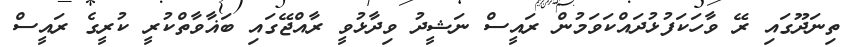
ތިނަދޫގައި ރޭ ވާހަކަފުޅުދައްކަވަމުން ރައީސް ނަޝީދު ވިދާޅުވީ ރާއްޖޭގައި ބަޣާވާތްކުރީ ކުރީގެ ރައީސް